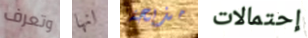
وتعرف انها مذبحة إحتمالات